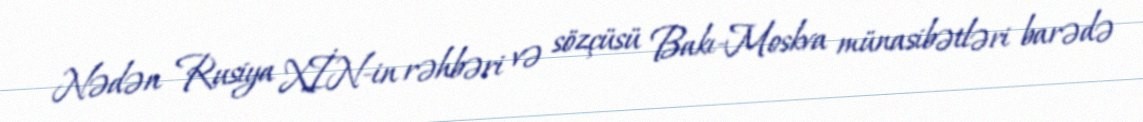
Nədən Rusiya XİN-in rəhbəri və sözçüsü Bakı-Moskva münasibətləri barədə